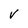
Character: v